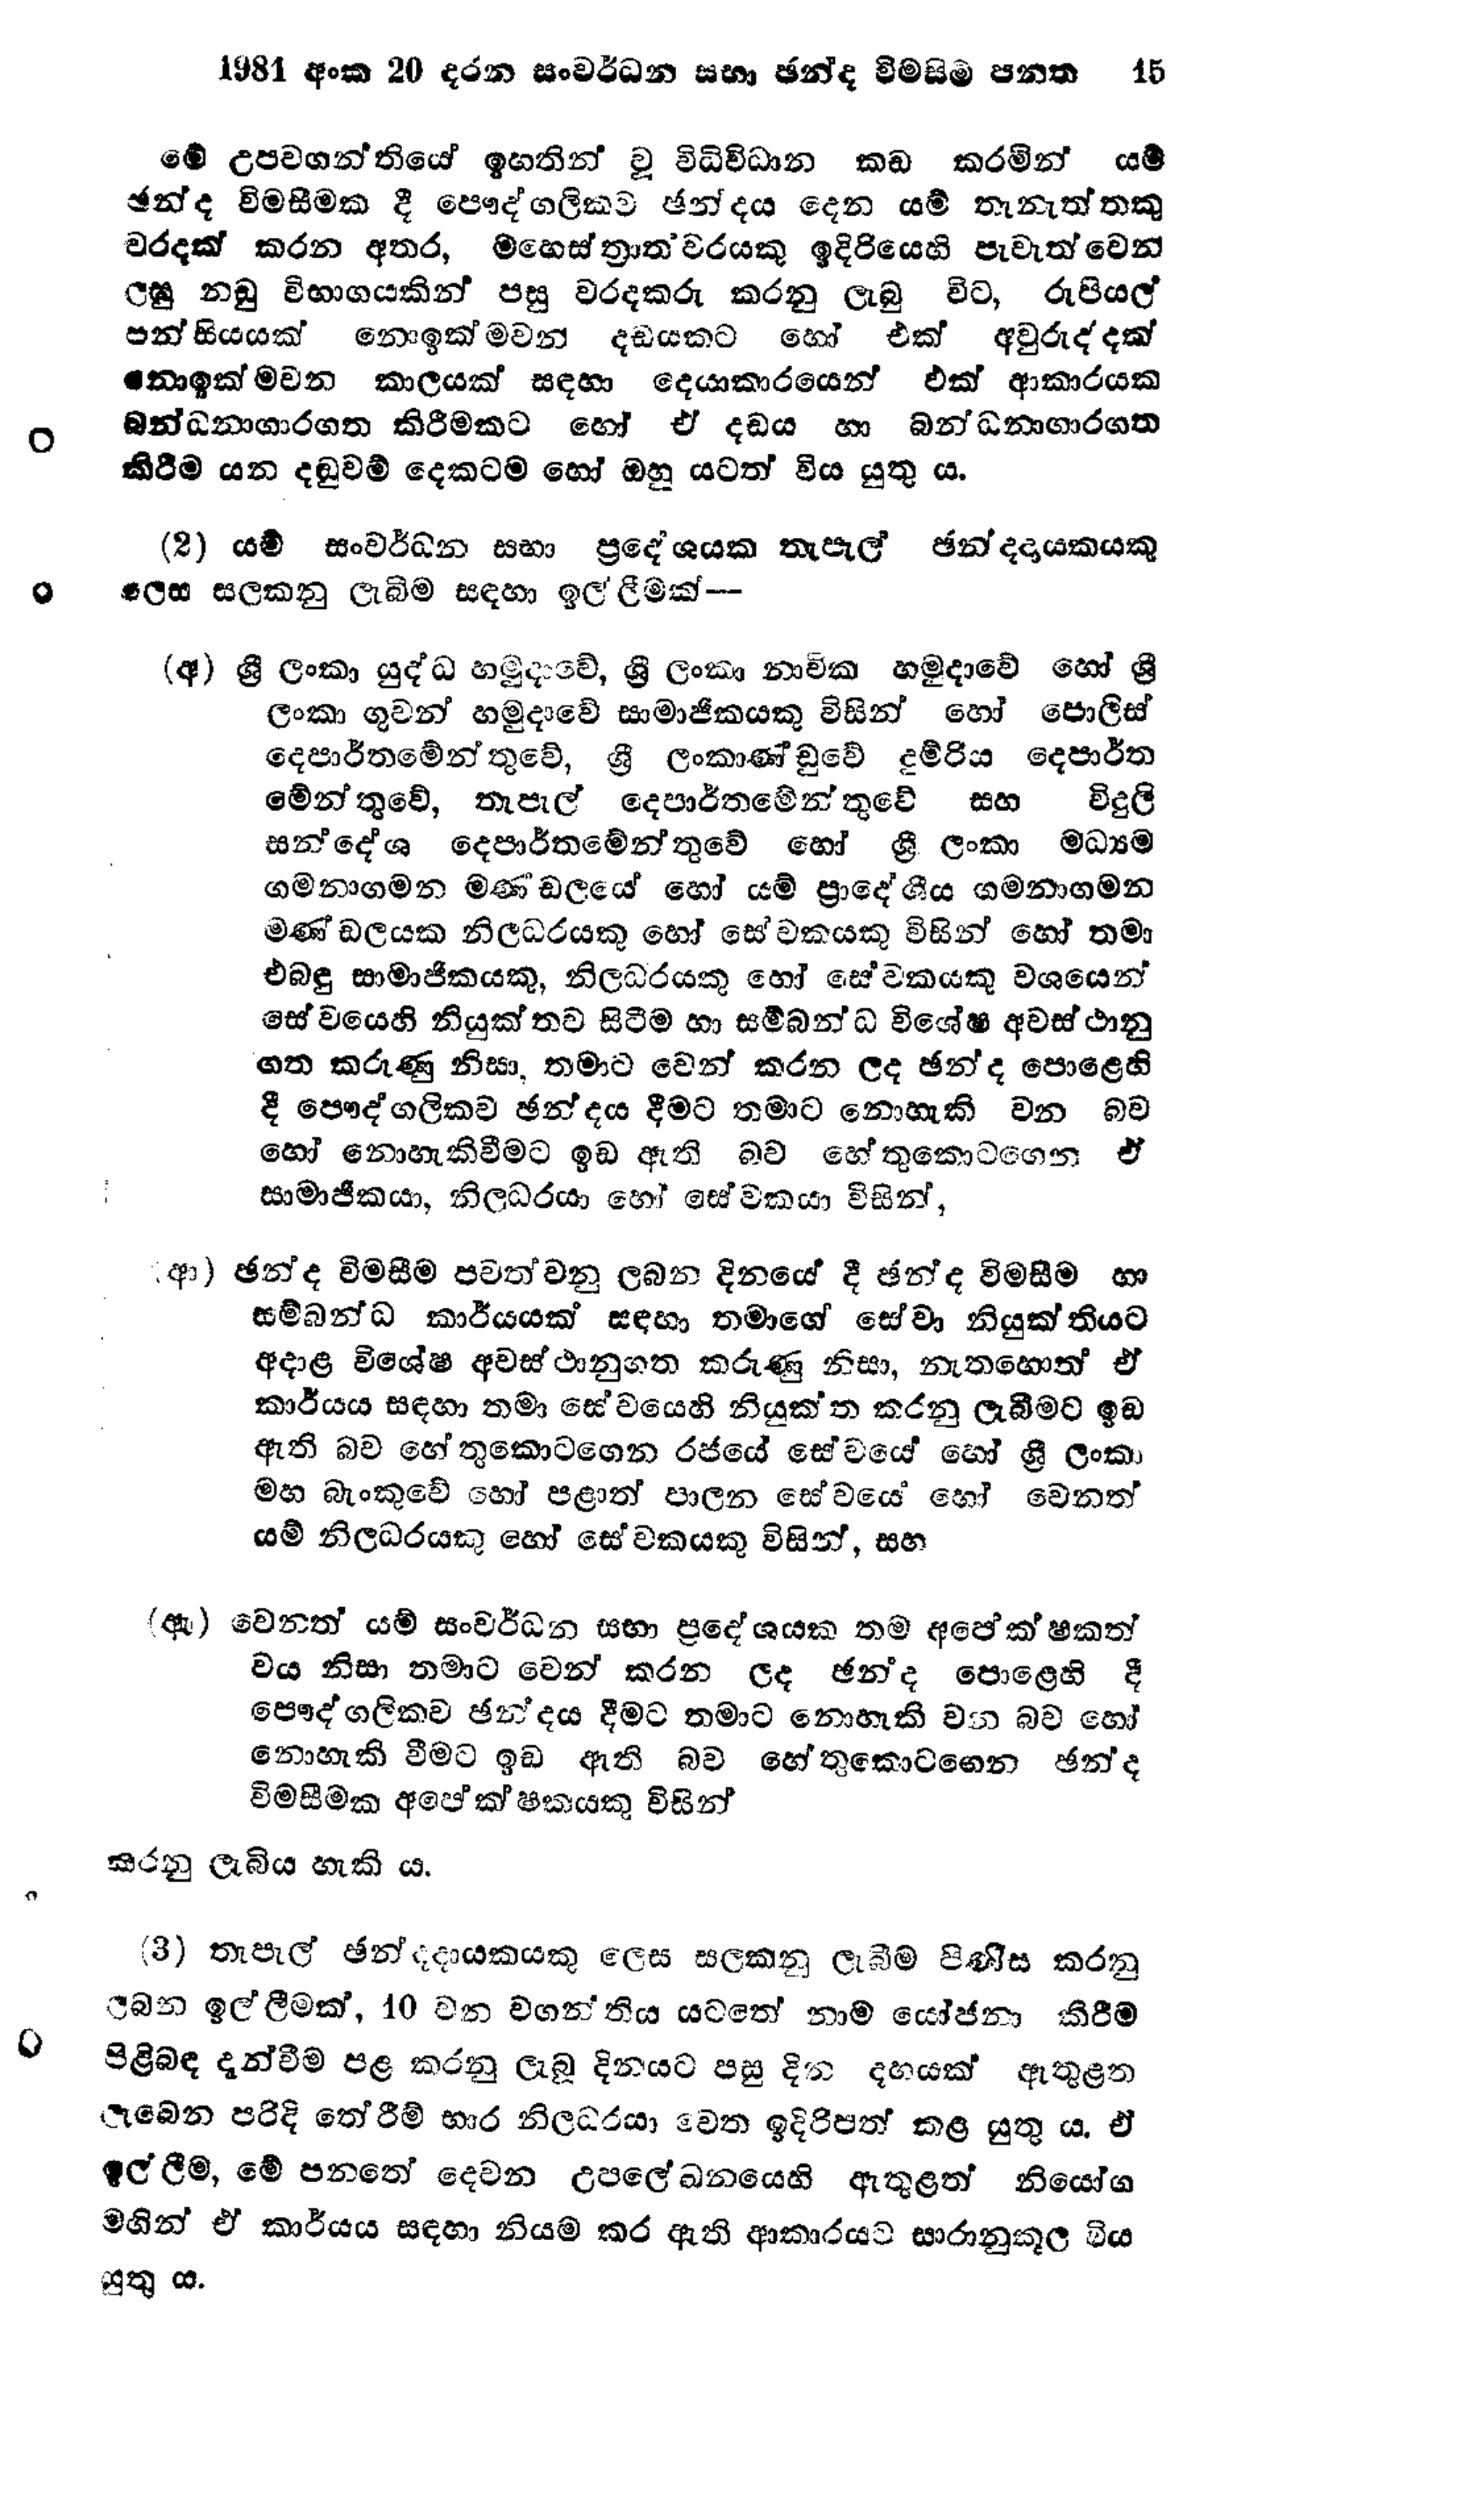
1981 අංක 20 දරන සංවර්ධන සභා ඡන්ද විමසිම් පනත 15

මේ උපවගන්තියේ ඉහතින් වූ විධිවිධාන කඩ කරමින් යම්
ඡන්ද විමසීමක දී පෞද්ගලිකව ඡන්දය දෙන යම් තැනැත්තකු
වරදක් කරන අතර, මහෙස්ත්‍රාත්වරයකු ඉදිරියෙහි පැවැත්වෙන
ලඝු නඩු විභාගයකින් පසු වරදකරු කරනු ලැබු විට, රුපියල්
පන්සියයක් නොඉක්මවන් දඩයකට හෝ එක් අවුරුද්දක්
නොඉක්මවන කාලයක් සඳහා දෙයාකාරයෙන් එක් ආකාරයක
බන්ධනාගාරගත කිරීමකට හෝ ඒ දඩය හා බන්ධනාගාරගත
කිරීම යන දඬුවම් දෙකටම හෝ ඔහු යටත් විය යුතු ය.

(2) යම් සංවර්ධන සභා ප්‍රදේශයක තැපැල් ඡන්දදායකයකු
ලෙස සලකනු ලැබීම සඳහා ඉල්ලීමක් -

(අ) ශ්‍රී ලංකා යුද්ධ හමුදාවේ, ශ්‍රී ලංකා නාවික හමුදාවේ හෝ ශ්‍රී
ලංකා ගුවන් හමුදාවේ සාමාජිකයකු විසින් හෝ පොලිස්
දෙපාර්තමේන්තුවේ, ශ්‍රී ලංකාණ්ඩුවේ දුම්රිය දෙපාර්ත
මේන්තුවේ, තැපැල් දෙපාර්තමේන්තුවේ සහ විදුලි
සන්දේශ දෙපාර්තමේන්තුවේ හෝ ශ්‍රී ලංකා මධ්‍යම
ගමනාගමන මණ්ඩලයේ හෝ යම් ප්‍රාදේශීය ගමනාගමන
මණ්ඩලයක නිලධරයකු හෝ සේවකයකු විසින් හෝ තමා
එබඳු සාමාජිකයකු, නිලධරයකු හෝ සේවකයකු වශයෙන්
සේවයෙහි නියුක්තව සිටීම හා සම්බන්ධ විශේෂ අවස්ථානු
ගත කරුණු නිසා, තමාට වෙන් කරන ලද ඡන්ද පොළෙහි
දී පෞද්ගලිකව ඡන්දය දීමට තමාට නොහැකි වන බව
හෝ නොහැකිවීමට ඉඩ ඇති බව හේතුකොටගෙන ඒ
සාමාජිකයා, නිලධරයා හෝ සේවකයා විසින්,

(ආ) ඡන්ද විමසීම පවත්වනු ලබන දිනයේ දී ඡන්ද විමසීම හා
සම්බන්ධ කාර්යයක් සඳහා තමාගේ සේවා නියුක්තියට
අදාළ විශේෂ අවස්ථානුගත කරුණු නිසා, නැතහොත් ඒ
කාර්යය සඳහා තමා සේවයෙහි නියුක්ත කරනු ලැබීමට ඉඩ
ඇති බව හේතුකොටගෙන රජයේ සේවයේ හෝ ශ්‍රී ලංකා
මහ බැංකුවේ හෝ පළාත් පාලන සේවයේ හෝ වෙනත්
යම් නිලධරයකු හෝ සේවකයකු විසින්, සහ

(ඇ) වෙනත් යම් සංවර්ධන සභා ප්‍රදේශයක තම අපේක්ෂකත්
වය නිසා තමාට වෙන් කරන ලද ඡන්ද පොළෙහි දී
පෞද්ගලිකව ඡන්දය දීමට තමාට නොහැකි වන බව හෝ
නොහැකි වීමට ඉඩ ඇති බව හේතුකොටගෙන ඡන්ද
විමසීමක අපේක්ෂකයකු විසින්

කරනු ලැබිය හැකි ය.

(3) තැපැල් ඡන්දදායකයකු ලෙස සලකනු ලැබීම පිණිස කරනු
ලබන ඉල්ලීමක්, 10 වන වගන්තිය යටතේ නාම යෝජනා කිරීම
පිළිබඳ දැන්වීම පළ කරනු ලැබූ දිනයට පසු දින දහයක් ඇතුළත
ලැබෙන පරිදි තේරීම් භාර නිලධරයා වෙත ඉදිරිපත් කළ යුතු ය. ඒ
ඉල්ලීම, මේ පනතේ දෙවන උපලේඛනයෙහි ඇතුළත් නියෝග
මගින් ඒ කාර්යය සඳහා නියම කර ඇති ආකාරයට සාරානුකූල විය
යුතුය.